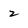
Character: 2